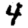
Digit: 4